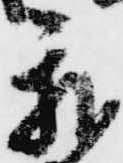
我